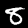
Digit: 8